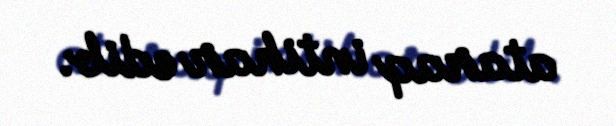
ataraq intihar edib.